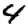
Digit: 4